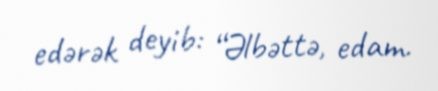
edərək deyib: “Əlbəttə, edam.